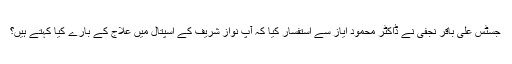
جسٹس علی باقر نجفی نے ڈاکٹر محمود ایاز سے استفسار کیا کہ آپ نواز شریف کے اسپتال میں علاج کے بارے کیا کہتے ہیں؟